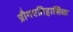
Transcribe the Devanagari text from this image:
प्रौगएतिहासिक